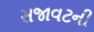
સજાવટની